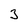
Character: 3